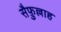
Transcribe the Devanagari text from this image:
सैफ़ुल्लाह